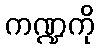
ကဏ္ဍကို